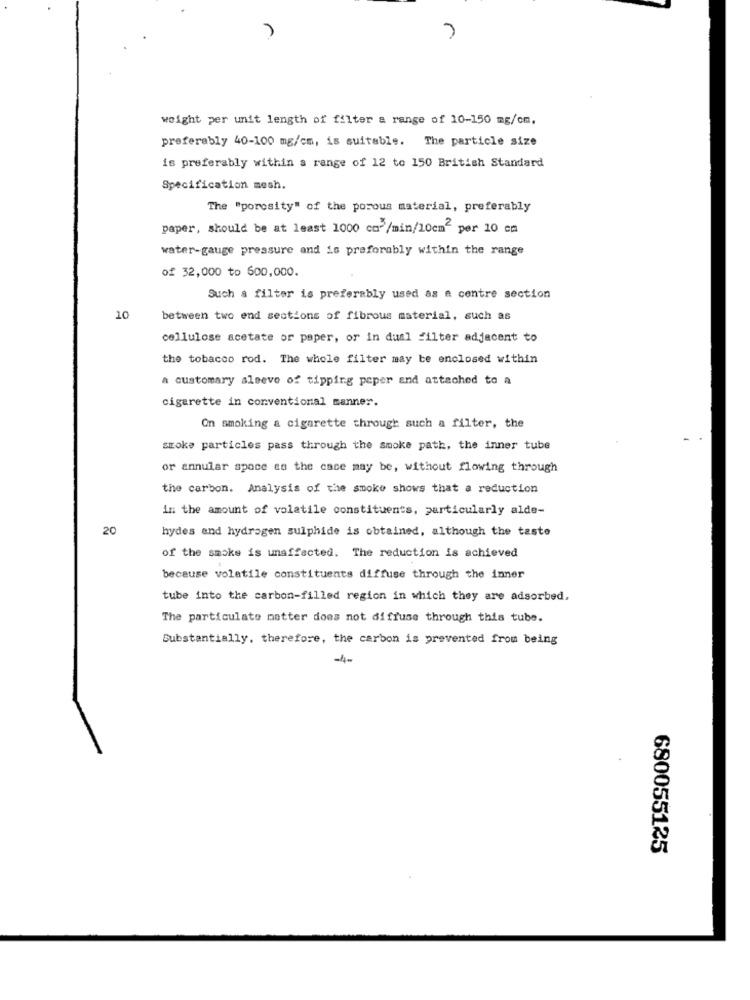
weight per unit length of filter a range of 10-150 mg/cm,
preferably 40-100 mg/cm, is suitable. The particle size
is preferably within a range of 12 to 150 British Standard
Specification mesh.
The "porosity" of the porous material, preferably
paper, should be at least 1000 co-/min/10cm per 10 cm
water-gauge pressure and is preferably within the range
of 32,000 to 600,000.
Such a filter is preferably used as a centre section
10
between two end sections of fibrous material, such as
cellulose acetate or paper, or in dual filter adjacent to
the tobacco rod. The whole filter may be enclosed within
a customary aleeve of tipping peper and attached to a
cigarette in conventional manner.
On smoking a cigarette through such a filter, the
smoke particles pass through the smoke path, the inner tube
or annular space to the cace may be, without flowing through
the carbon. Analysis of the smoke shows that a reduction
in the amount of volatile constituents, particularly alde-
20
hydes and hydrogen sulphide is obtained, although the taste
of the smoke is unaffected. The reduction is achieved
because volatile constituents diffuse through the inner
tube into the carbon-filled region in which they are adsorbed.
The particulate netter does not diffuse through this tube.
Substantially, therefore, the carbon is prevented from being
680055125